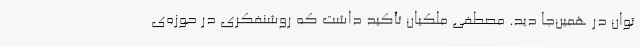
‌‌توان در همین‌جا دید. مصطفی ملکیان تأکید داشت که روشنفکری در حوزه‌ی